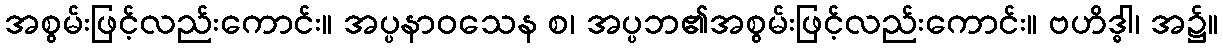
အစွမ်းဖြင့်လည်းကောင်း။ အပ္ပနာဝသေန စ၊ အပ္ပဘ၏အစွမ်းဖြင့်လည်းကောင်း။ ဗဟိဒ္ဓါ၊ အ၌။